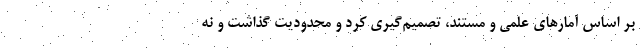
بر اساس آمارهای علمی و مستند، تصمیم‌گیری کرد و محدودیت گذاشت و نه